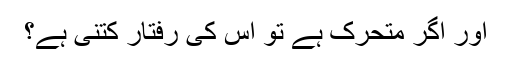
اور اگر متحرک ہے تو اس کی رفتار کتنی ہے؟